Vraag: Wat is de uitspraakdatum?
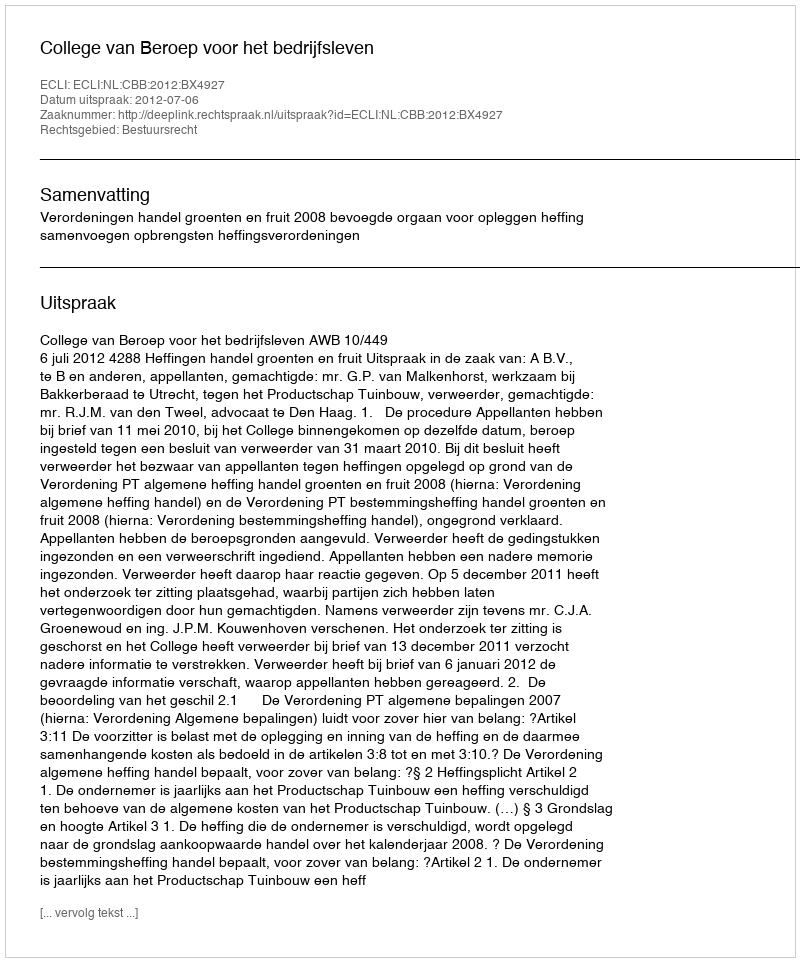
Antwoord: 2012-07-06